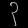
Digit: ၃